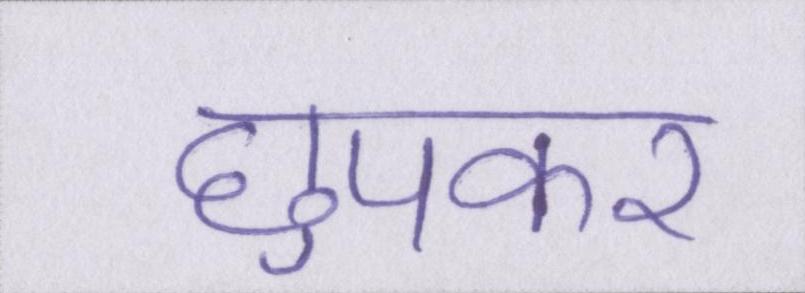
छुपकर